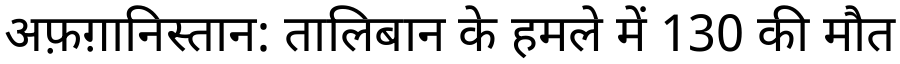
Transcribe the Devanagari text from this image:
अफ़ग़ानिस्तान: तालिबान के हमले में 130 की मौत